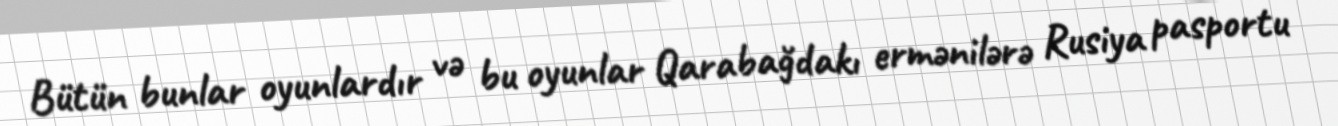
Bütün bunlar oyunlardır və bu oyunlar Qarabağdakı ermənilərə Rusiya pasportu